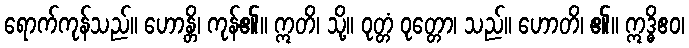
ရောက်ကုန်သည်။ ဟောန္တိ၊ ကုန်၏။ ဣတိ၊ သို့။ ဝုတ္တံ ဝုတ္တော၊ သည်။ ဟောတိ၊ ၏။ ဣဒ္ဓိဧဝ၊